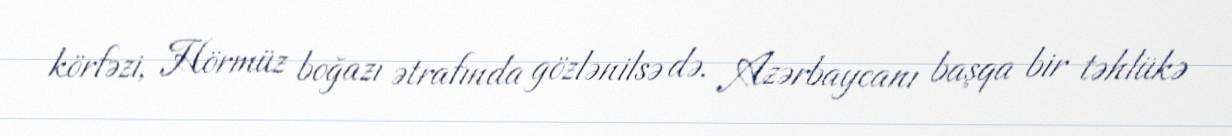
körfəzi, Hörmüz boğazı ətrafında gözlənilsə də, Azərbaycanı başqa bir təhlükə